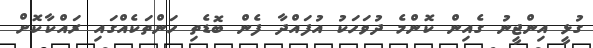
ގުޅީ އިންޖީނު ގެއިން ކޮންމެ ދުވަހަކު އުފައްދާ ފެން ބޮޑެތި ހަންތަކެއްގައި ރައްކާކޮށް